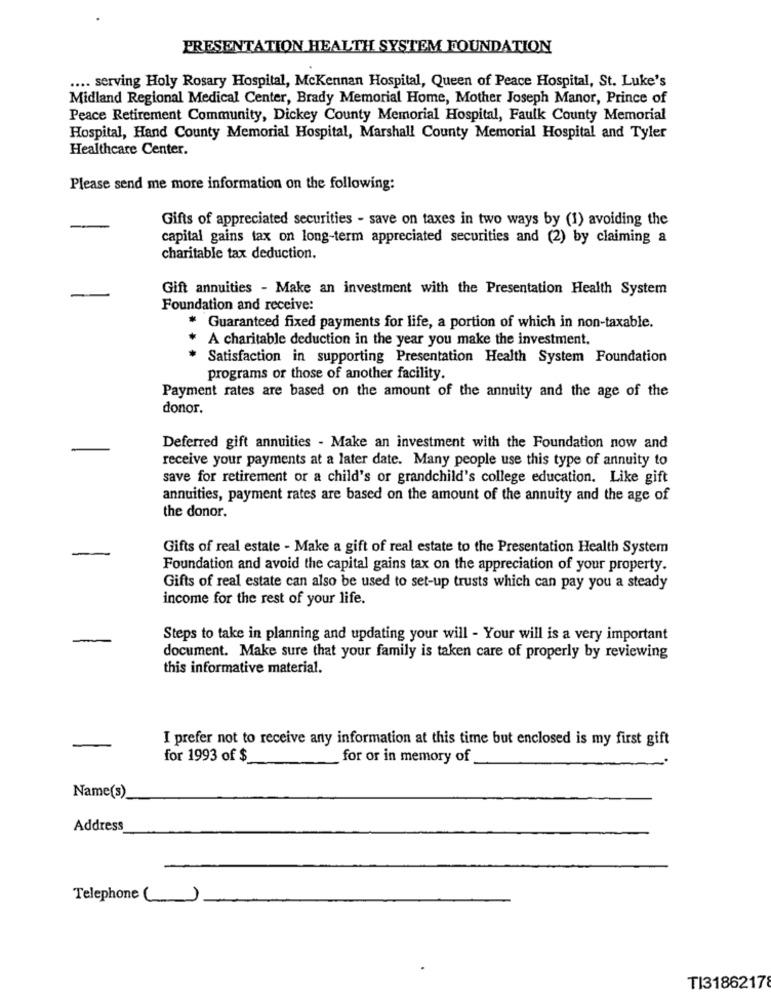
PRESENTATION HEALTH SYSTEM FOUNDATION
.... serving Holy Rosary Hospital, McKennan Hospital, Queen of Peace Hospital, St. Luke's
Midland Regional Medical Center, Brady Memorial Home, Mother Joseph Manor, Prince of
Peace Retirement Community, Dickey County Memorial Hospital, Faulk County Memorial
Hospital, Hand County Memorial Hospital, Marshall County Memorial Hospital and Tyler
Healthcare Center.
Please send me more information on the following:
Gifts of appreciated securities - save on taxes in two ways by (1) avoiding the
capital gains tax on long-term appreciated securities and (2) by claiming a
charitable tax deduction.
Gift annuities - Make an investment with the Presentation Health System
Foundation and receive:
* Guaranteed fixed payments for life, a portion of which in non-taxable.
A charitable deduction in the year you make the investment.
Satisfaction in supporting Presentation Health System Foundation
programs or those of another facility.
Payment rates are based on the amount of the annuity and the age of the
donor.
Deferred gift annuities - Make an investment with the Foundation now and
receive your payments at a later date. Many people use this type of annuity to
save for retirement or a child's or grandchild's college education. Like gift
annuities, payment rates are based on the amount of the annuity and the age of
the donor.
Gifts of real estate - Make a gift of real estate to the Presentation Health System
Foundation and avoid the capital gains tax on the appreciation of your property.
Gifts of real estate can also be used to set-up trusts which can pay you a steady
income for the rest of your life.
Steps to take in planning and updating your will - Your will is a very important
document. Make sure that your family is taken care of properly by reviewing
this informative material.
I prefer not to receive any information at this time but enclosed is my first gift
for 1993 of $
for or in memory of
Name(s)
Address
Telephone
TI3186217